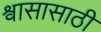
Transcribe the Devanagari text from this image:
श्वासासाठी